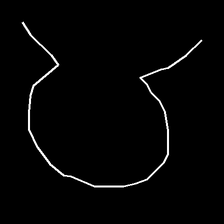
Glyph: weave